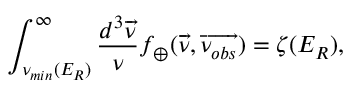
\int _ { { \nu } _ { m i n } ( E _ { R } ) } ^ { \infty } \frac { d ^ { 3 } \overrightarrow { \nu } } { \nu } f _ { \oplus } ( \overrightarrow { \nu } , \overrightarrow { \nu _ { o b s } } ) = { \zeta } ( E _ { R } ) ,